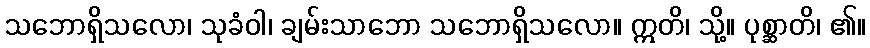
သဘောရှိသလော၊ သုခံဝါ၊ ချမ်းသာဘော သဘောရှိသလော။ ဣတိ၊ သို့။ ပုစ္ဆာတိ၊ ၏။